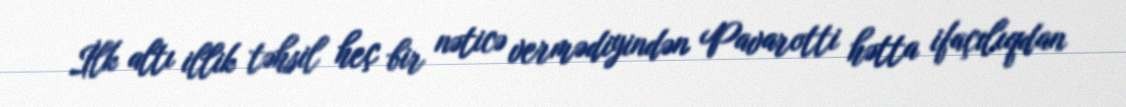
İlk altı illik təhsil heç bir nəticə vermədiyindən Pavarotti hətta ifaçılıqdan